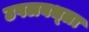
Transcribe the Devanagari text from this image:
उपलबध्ता